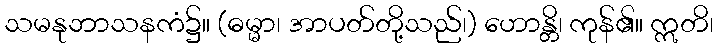
သမနုဘာသနကံ၌။ (ဓမ္မာ၊ အာပတ်တို့သည်၊) ဟောန္တိ၊ ကုန်၏။ ဣတိ၊